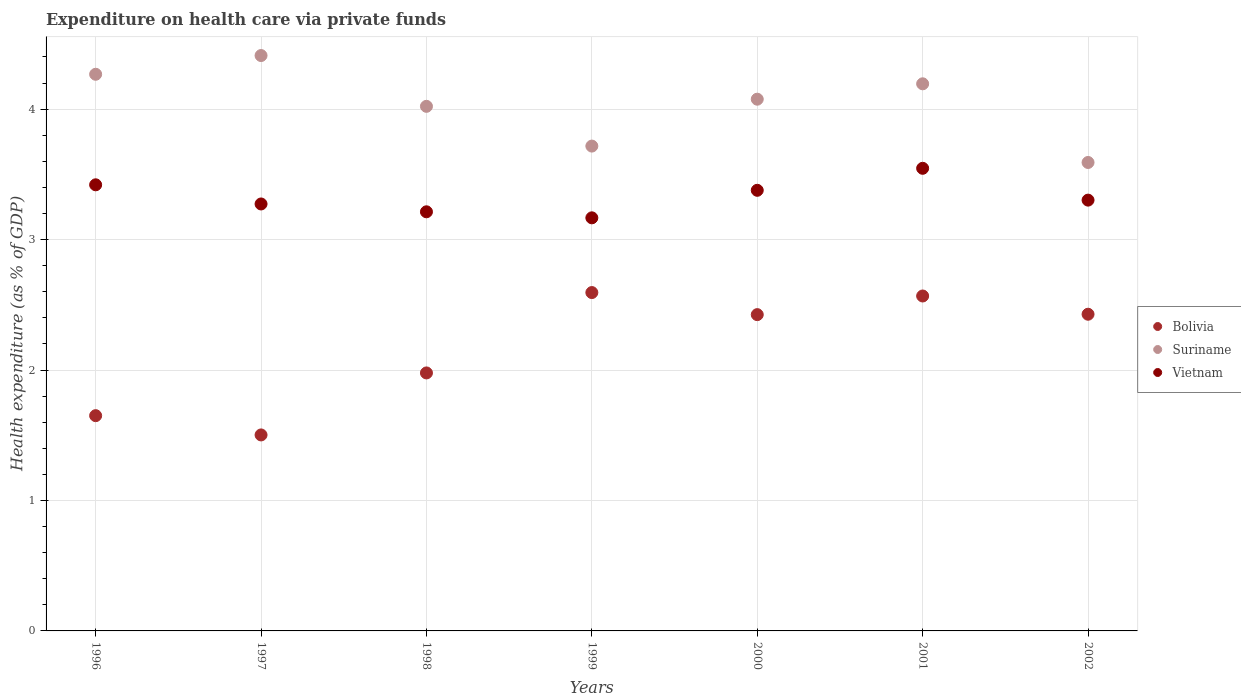
| Years | Bolivia | Suriname | Vietnam |
 | --- | --- | --- | --- |
 | 1996 | 1.65 | 4.27 | 3.42 |
 | 1997 | 1.5 | 4.41 | 3.27 |
 | 1998 | 1.98 | 4.02 | 3.21 |
 | 1999 | 2.59 | 3.72 | 3.17 |
 | 2000 | 2.42 | 4.08 | 3.38 |
 | 2001 | 2.57 | 4.19 | 3.55 |
 | 2002 | 2.43 | 3.59 | 3.3 |